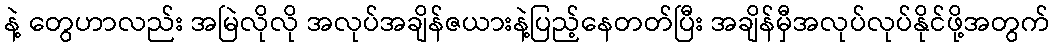
နဲ့ တွေဟာလည်း အမြဲလိုလို အလုပ်အချိန်ဇယားနဲ့ပြည့်နေတတ်ပြီး အချိန်မှီအလုပ်လုပ်နိုင်ဖို့အတွက်